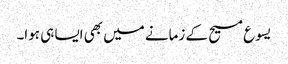
‏ یسوع مسیح کے زمانے میں بھی ایسا ہی ہوا۔